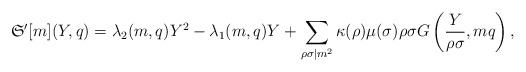
\begin{align*}\mathfrak{S}'[m](Y,q)=\lambda_2(m,q)Y^2-\lambda_1(m,q)Y+\sum_{\rho\sigma\mid m^2}\kappa(\rho)\mu(\sigma)\rho\sigma G\left(\frac{Y}{\rho\sigma},mq\right),\end{align*}